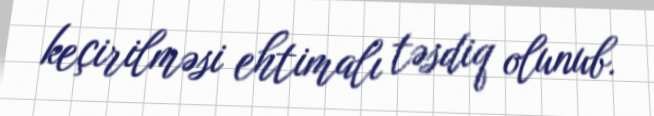
keçirilməsi ehtimalı təsdiq olunub.